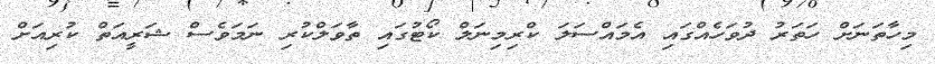
މިހާތަނަށް ހަތަރު ދުވަހެއްގައި އެމައްސަލަ ކްރިމިނަލް ކޯޓުގައި ތާވަލްކުރި ނަމަވެސް ޝަރީއަތް ކުރިއަށް